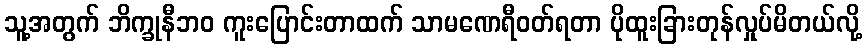
သူ့အတွက် ဘိက္ခုနီဘဝ ကူးပြောင်းတာထက် သာမဏေရီဝတ်ရတာ ပိုထူးခြားတုန်လှုပ်မိတယ်လို့